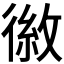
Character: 𪫕